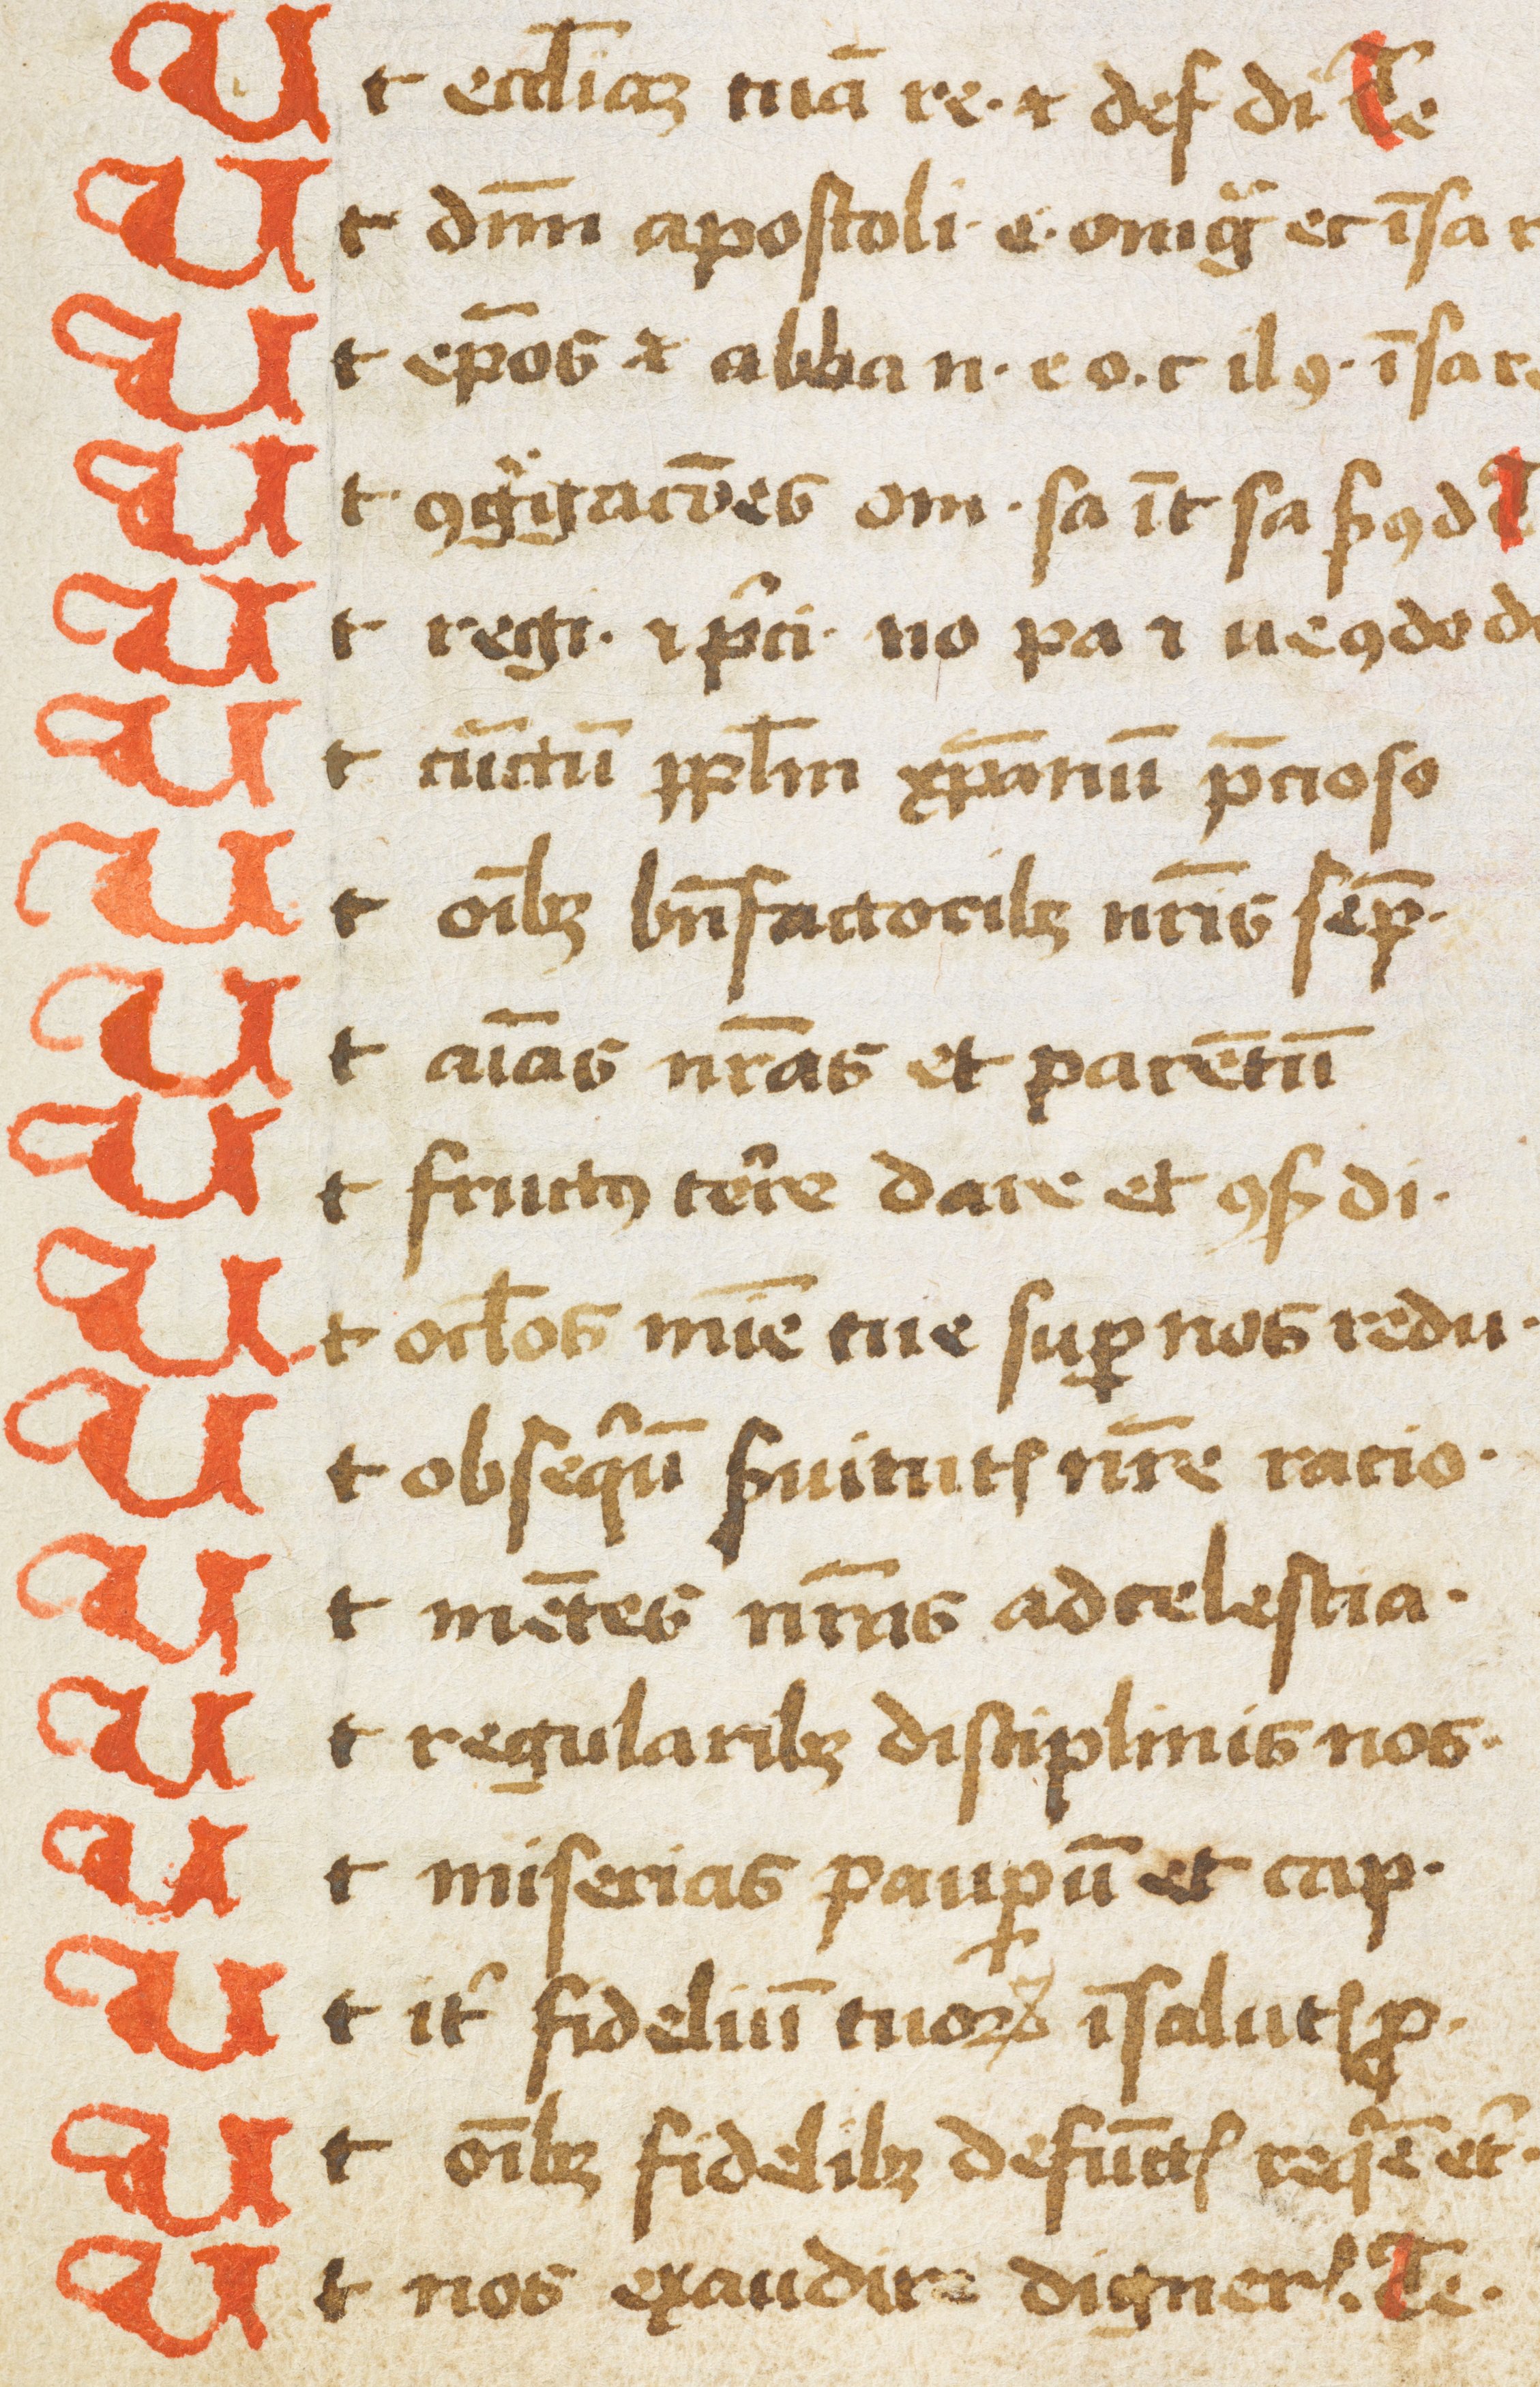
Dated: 1433–1465